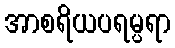
အာစရိယပရမ္ပရာ